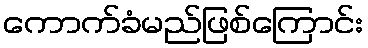
ကောက်ခံမည်ဖြစ်ကြောင်း